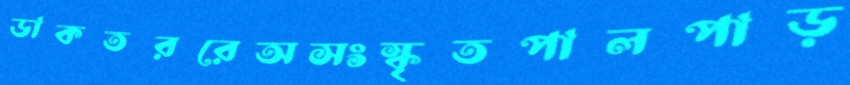
ডাকতররেঅসংস্কৃতপালপাড়